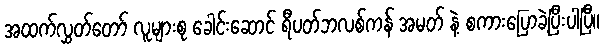
အထက်လွှတ်တော် လူများစု ခေါင်းဆောင် ရီပတ်ဘလစ်ကန် အမတ် နဲ့ စကားပြောခဲ့ပြီးပါပြီ။